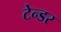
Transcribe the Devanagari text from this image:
टेन्‍डर